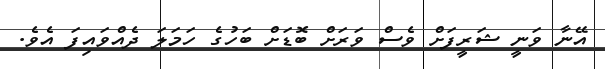
އޭނާ ވަނީ ޝަރީފަށް ވެސް ވަރަށް ބޮޑަށް ބަހުގެ ހަމަލަ ދެއްވައިފަ އެވެ.